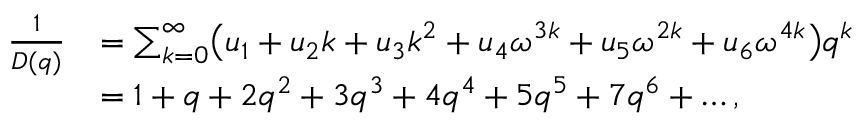
\begin{array} { r l } { \frac { 1 } { D ( q ) } } & { = \sum _ { k = 0 } ^ { \infty } \bigl ( u _ { 1 } + u _ { 2 } k + u _ { 3 } k ^ { 2 } + u _ { 4 } \omega ^ { 3 k } + u _ { 5 } \omega ^ { 2 k } + u _ { 6 } \omega ^ { 4 k } \bigr ) q ^ { k } } \\ & { = 1 + q + 2 q ^ { 2 } + 3 q ^ { 3 } + 4 q ^ { 4 } + 5 q ^ { 5 } + 7 q ^ { 6 } + \dots , } \end{array}